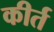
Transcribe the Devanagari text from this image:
कीर्त